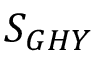
S _ { G H Y }